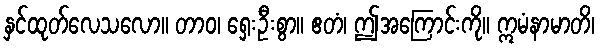
နှင်ထုတ်လေသလော။ တာဝ၊ ရှေးဦးစွာ။ ဧတံ၊ ဤအကြောင်းကို။ ဣမံနာမာတိ၊